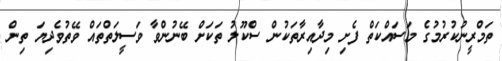
ތަމްރީނުކުރުމުގެ މަސައްކަތް ފެށި މިދާއިރާތަކުން ސްކޫލު ތަކަށް ބޭނުންވާ ވަސީލަތްތައް ވޭތުވެދިޔަ ތިން